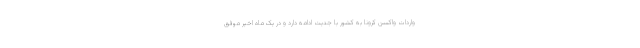
واردات واکسن کرونا به کشور با جدیت ادامه دارد و در یک ماه اخیر موفق